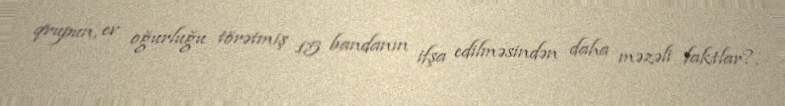
qrupun, ev oğurluğu törətmiş 15 bandanın ifşa edilməsindən daha məzəli faktlar?.